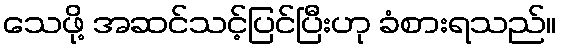
သေဖို့ အဆင်သင့်ပြင်ပြီးဟု ခံစားရသည်။